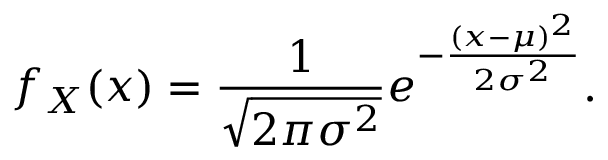
f _ { X } ( x ) = { \frac { 1 } { \sqrt { 2 \pi \sigma ^ { 2 } } } } e ^ { - { \frac { ( x - \mu ) ^ { 2 } } { 2 \sigma ^ { 2 } } } } .